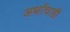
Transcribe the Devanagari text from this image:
अर्थाचाही